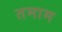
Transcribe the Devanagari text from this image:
तमाम